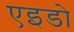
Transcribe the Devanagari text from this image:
एइडो